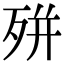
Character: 𭮎